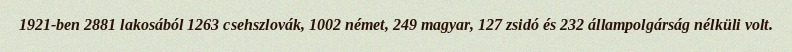
1921-ben 2881 lakosából 1263 csehszlovák, 1002 német, 249 magyar, 127 zsidó és 232 állampolgárság nélküli volt.